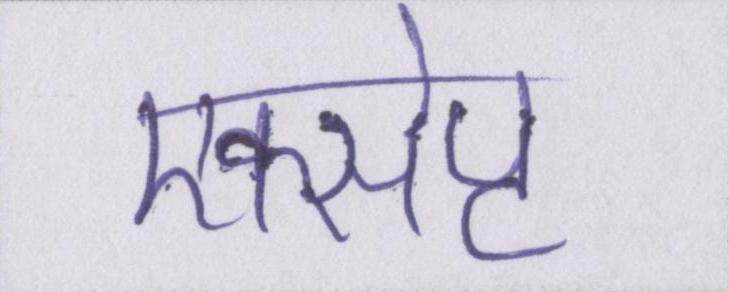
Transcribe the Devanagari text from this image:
एक्सेप्ट